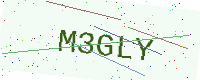
Text: M3GLY